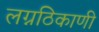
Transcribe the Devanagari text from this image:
लग्नठिकाणी